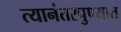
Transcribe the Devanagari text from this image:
त्यानंतरपुण्यात